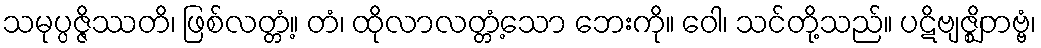
သမုပ္ပဇ္ဇိဿတိ၊ ဖြစ်လတ္တံ့။ တံ၊ ထိုလာလတ္တံ့သော ဘေးကို။ ဝေါ၊ သင်တို့သည်။ ပဋိဗျဇ္ဈိတဗ္ဗံ၊